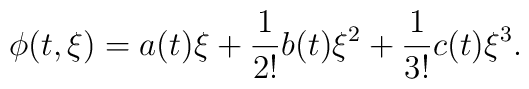
\phi(t,\xi) = a(t) \xi + \frac{1}{2!} b(t) \xi^{2} + \frac{1}{3!} c(t)\xi^{3}.